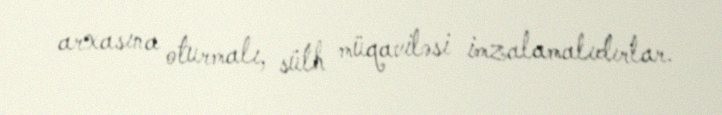
arxasına oturmalı, sülh müqaviləsi imzalamalıdırlar.